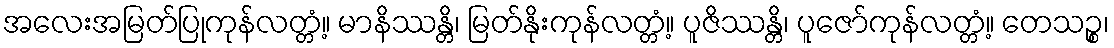
အလေးအမြတ်ပြုကုန်လတ္တံ့။ မာနိဿန္တိ၊ မြတ်နိုးကုန်လတ္တံ့။ ပူဇိဿန္တိ၊ ပူဇော်ကုန်လတ္တံ့။ တေသဉ္စ၊